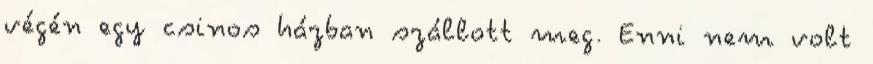
végén egy csinos házban szállott meg. Enni nem volt